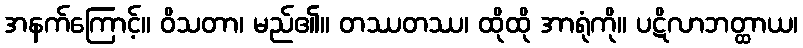
အနက်ကြောင့်။ ဝိသတာ၊ မည်၏။ တဿတဿ၊ ထိုထို အာရုံကို။ ပဋိလာဘတ္ထာယ၊